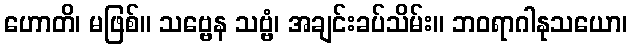
ဟောတိ၊ မဖြစ်။ သဗ္ဗေန သဗ္ဗံ၊ အချင်းခပ်သိမ်း။ ဘဝရာဂါနုသယော၊